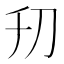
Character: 𠚲